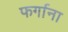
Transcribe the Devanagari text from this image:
फर्गाना